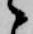
候